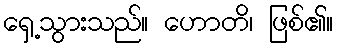
ရှေ့သွားသည်။ ဟောတိ၊ ဖြစ်၏။